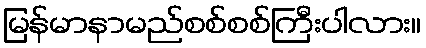
မြန်မာနာမည်စစ်စစ်ကြီးပါလား။